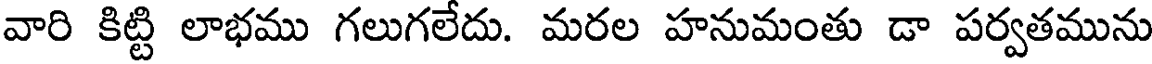
వారి కిట్టి లాభము గలుగలేదు. మరల హనుమంతు డా పర్వతమును